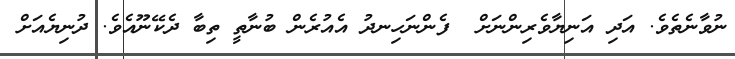
ނުވާނެތެވެ. އަދި އަނިޔާވެރިންނަށް  ފެންނަހިނދު އެއުރެން ބުނާތީ ތިބާ ދެކޭނޫއެވެ. ދުނިޔެއަށް